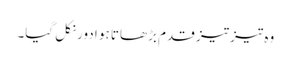
وہ تیز تیز قدم بڑھاتا ہو ادور نکل گیا۔